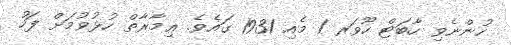
ހުންނެވި ހާބަޓް ހޫވަރ 1 މެއި 1931 ގައެވެ. ޢިމާރާތް ހުޅުވުމަށް ފަހު